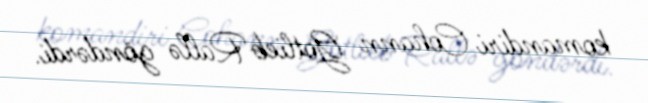
komandiri Cohann Gotlieb Rallə göndərdi.